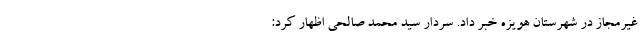
غیرمجاز در شهرستان هویزه خبر داد. سردار سید محمد صالحی اظهار کرد: